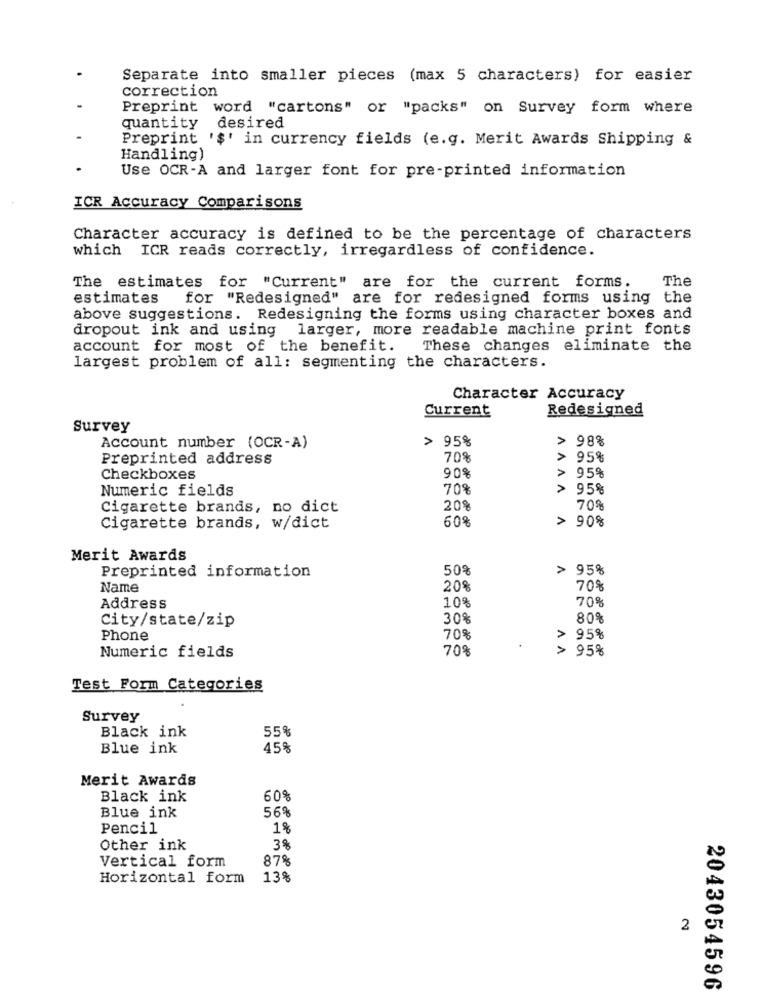
Separate into smaller pieces (max 5 characters) for easier
correction
Preprint word "cartons" or "packs" on Survey form where
quantity desired
Preprint
'$' in currency fields (e.g. Merit Awards Shipping &
Handling)
Use OCR-A and larger font for pre-printed information
ICR Accuracy Comparisons
Character accuracy is defined to be the percentage of characters
which ICR reads correctly, irregardless of confidence.
The
The estimates for "Current" are for the current forms.
estimates
for "Redesigned" are for redesigned forms using the
above suggestions. Redesigning the forms using character boxes and
dropout ink and using
larger, more readable machine print fonts
account for most of the benefit.
These changes eliminate the
largest problem of all: segmenting the characters.
Character Accuracy
Current
Redesigned
Survey
> 95%
> 98%
Account number (OCR-A)
Preprinted address
708
> 95%
90%
Checkboxes
> 95%
Numeric fields
70%
AAAA
95%
Cigarette brands, no dict
20%
70%
60%
> 90%
Cigarette brands, w/dict
Merit Awards
50%
95%
Preprinted information
Name
20%
70%
10%
70%
Address
30%
80%
City/state/zip
Phone
70%
> 95%
70%
> 95%
Numeric fields
Test Form Categories
Survey
Black ink
55%
Blue ink
45%
Merit Awards
Black ink
60%
Blue ink
56%
Pencil
1%
Other ink
3%
87%
Vertical form
Horizontal form
13%
2
2043054596